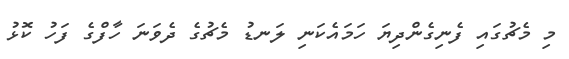
މި މެޗުގައި ފެނިގެންދިޔަ ހަމައެކަނި ލަނޑު މެޗުގެ ދެވަނަ ހާފްގެ ފަހު ކޮޅު